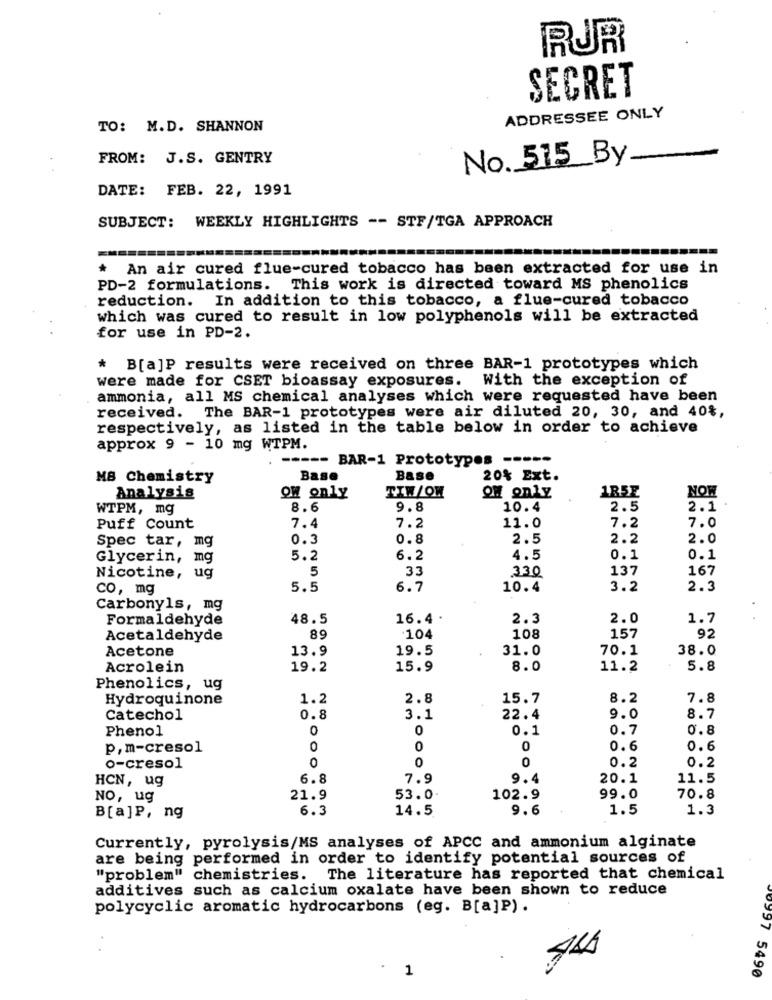
RUR
SECRET
ADDRESSEE ONLY
TO: M.D. SHANNON
FROM: J.S. GENTRY
No. 515 By
DATE: FEB. 22, 1991
SUBJECT: WEEKLY HIGHLIGHTS -- STF/TGA APPROACH
*
An air cured flue-cured tobacco has been extracted for use in
PD-2 formulations. This work is directed toward MS phenolics
reduction. In addition to this tobacco, a flue-cured tobacco
which was cured to result in low polyphenols will be extracted
for use in PD-2.
* B[a]P results were received on three BAR-1 prototypes which
were made for CSET bioassay exposures. With the exception of
ammonia, all MS chemical analyses which were requested have been
The BAR-1 prototypes were air diluted 20, 30, and 40%,
received.
respectively, as listed in the table below in order to achieve
approx 9 - 10 mg WTPM.
BAR-1 Prototypes ----.
MB Chemistry
Base
Base
20% Ext.
TIW/OW
1R57
NOW
Analysis
ow only
off only
WTPM, mg
8.6
9.8
10.4
2.5
2.1
7.2
Puff Count
7.4
7.2
11.0
7.0
Spec tar, mg
0.3
0.8
2.5
2.2
2.0
Glycerin, mg
5.2
6.2
4.5
0.1
0.1
5
33
330
137
167
Nicotine, ug
co, mg
5.5
6.7
10.4
3.2
2.3
Carbonyls, mg
Formaldehyde
48.5
16.4.
2.3
2.0
1.7
89
157
92
Acetaldehyde
104
108
Acetone
13.9
19.5
31.0
70.1
38.0
Acrolein
19.2
15.9
8.0
11.2
5.8
Phenolics, ug
Hydroquinone
1.2
2.8
15.7
8.2
7.8
Catechol
0.8
3.1
22.4
9.0
8.7
Phenol
0
0
0.1
0.7
0.8
p.m-cresol
0
0
0
0.6
0.6
0
0
0
0.2
0.2
o-cresol
HCN, ug
6.8
7.9
9.4
20.1
11.5
NO, ug
21.9
53.0
102.9
99.0
70.8
6.3
14.5
9.6
1.5
1.3
B[a]P, ng
Currently, pyrolysis/MS analyses of APCC and ammonium alginate
are being performed in order to identify potential sources of
"problem" chemistries. The literature has reported that chemical
additives such as calcium oxalate have been shown to reduce
polycyclic aromatic hydrocarbons (eg. B[a]P).
1
1
0997 5490